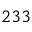
^ { 2 3 3 }